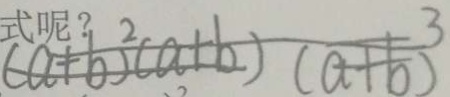
( a + b ) ^ { 2 } ( a + b ) ( a + b ) ^ { 3 }